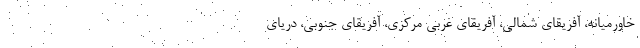
خاورمیانه، آفریقای شمالی، آفریقای غربی مرکزی، آفریقای جنوبی، دریای